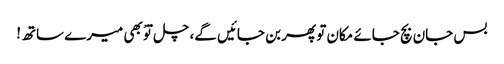
بس جان بچ جائے مکان تو پھر بن جائیں گے، چل توْ بھی میرے ساتھ!